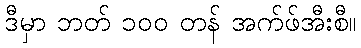
ဒီမှာ ဘတ် ၁၀၀ တန် အက်ဖ်အီးစီ။